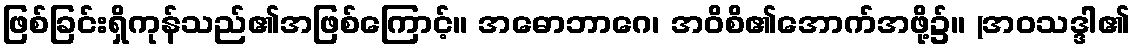
ဖြစ်ခြင်းရှိကုန်သည်၏အဖြစ်ကြောင့်။ အဓောဘာဂေ၊ အဝိစိ၏အောက်အဖို့၌။ (အဝသဒ္ဒါ၏